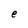
Character: e